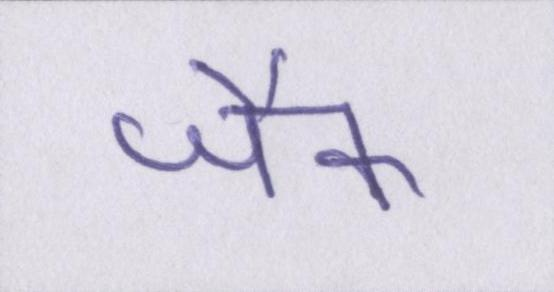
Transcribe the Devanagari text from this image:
जैक